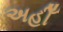
અહીઁ